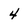
Character: 4